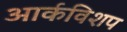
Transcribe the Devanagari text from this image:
आर्कविशप